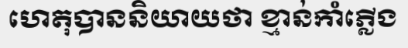
ហេតុបាននិយាយថា ខ្មាន់កាំភ្លើង